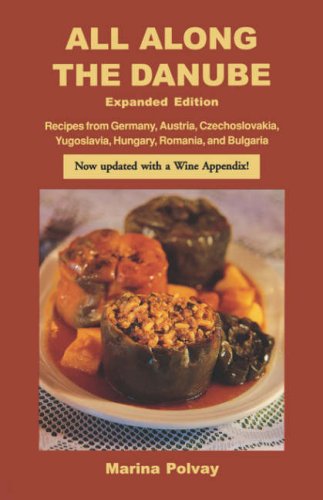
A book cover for All Along the Danube: Recipes from Germany, Austria, Czechoslovakia, Yugoslavia, Hungary, Romania and Bulgaria (Hippocrene International Cookbooks); Marina Polvay; Cookbooks, Food & Wine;